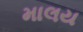
માલય